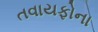
તવાયફોના